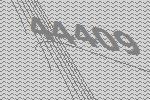
44409